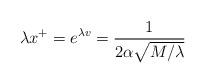
LaTeX: \begin{align*}\lambda x^{+}=e^{\lambda v}=\frac{1}{2\alpha\sqrt{M/\lambda}}\end{align*}